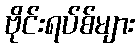
ဗိုင်းရပ်စ်များ